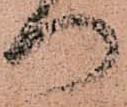
つ